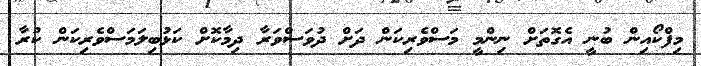
މިފްކޯއިން ބުނީ އެގޮތަށް ނިންމީ މަސްވެރިކަން ދަށް ދުވަސްވަރާ ދިމާކޮށް ކަޅުބިލަމަސްވެރިކަން ކުރާ